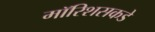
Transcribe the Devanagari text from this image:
मॉरिशसकडे